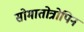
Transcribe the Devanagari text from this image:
सोमातोत्रोपिन